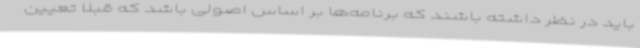
باید در نظر داشته باشند که برنامه‌ها بر اساس اصولی باشد که قبلا تعیین